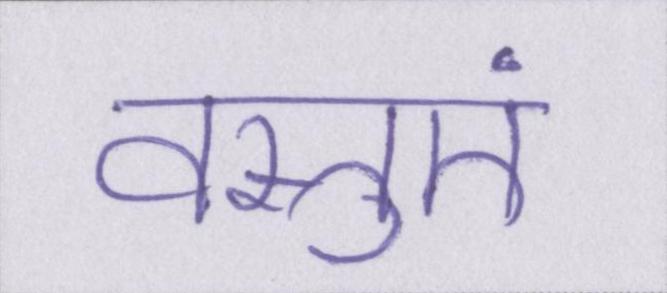
वस्तुएं